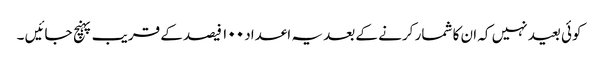
کوئی بعید نہیں کہ ان کا شمار کرنے کے بعد یہ اعداد ۱۰۰ فیصد کے قریب پہنچ جائیں ۔